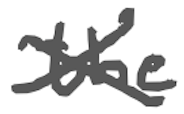
Text: the
Cross-out: cross
Writing tool: digital_gray